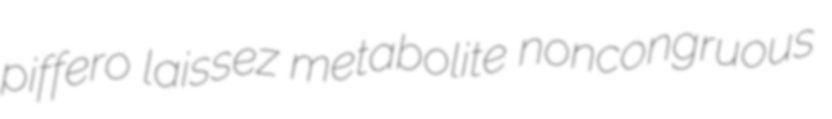
piffero laissez metabolite noncongruous